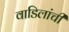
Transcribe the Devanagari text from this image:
वाडिलांची